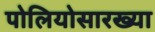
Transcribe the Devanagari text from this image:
पोलियोसारख्या